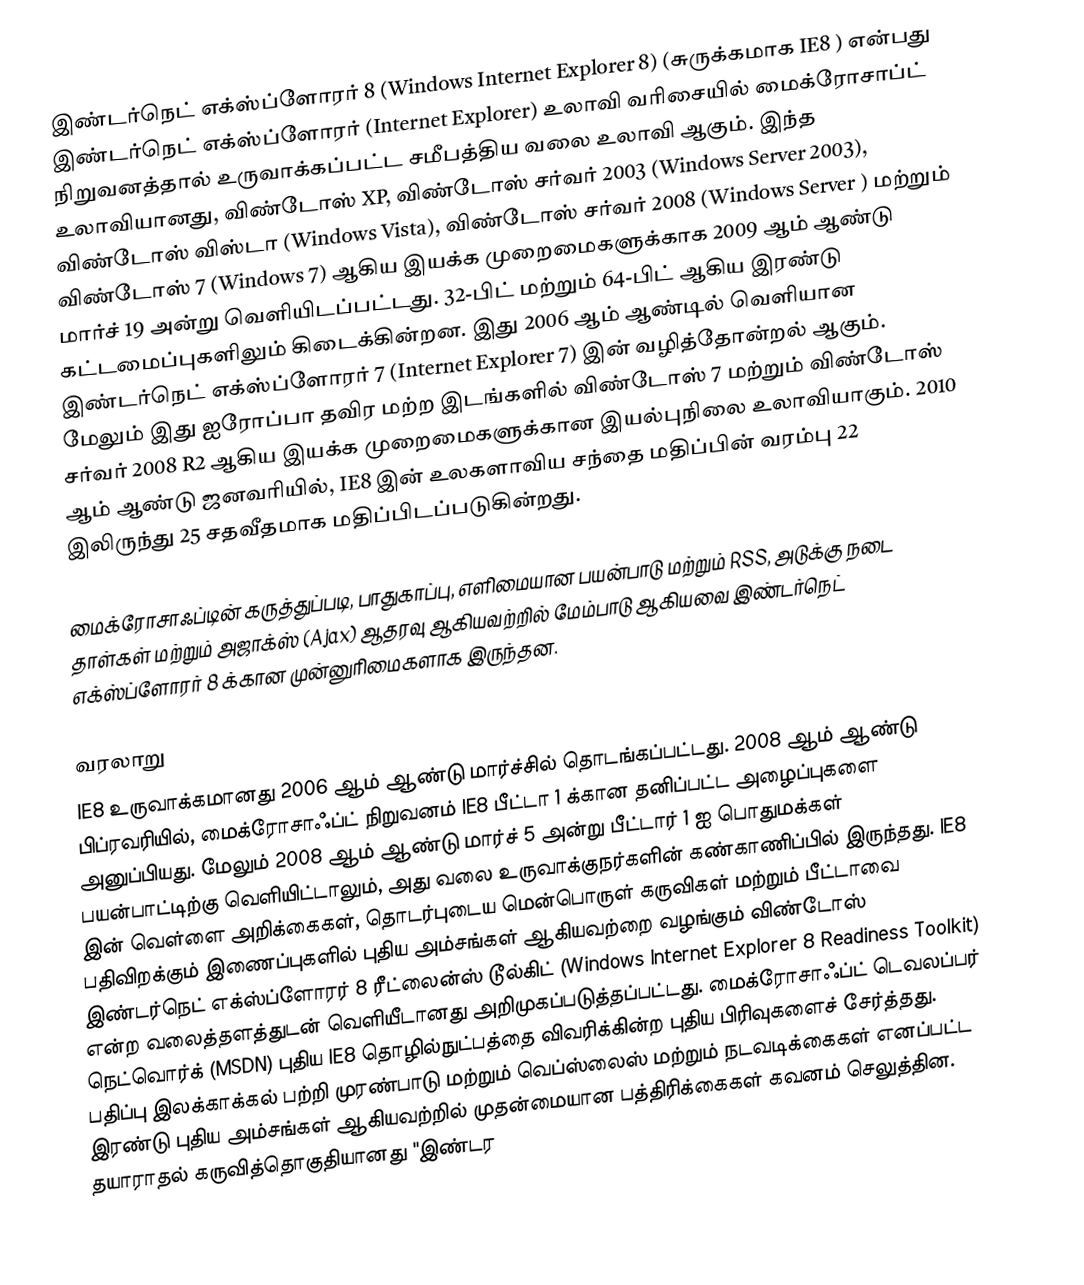
இண்டர்நெட் எக்ஸ்ப்ளோரர் 8 (Windows Internet Explorer 8) (சுருக்கமாக IE8 ) என்பது இண்டர்நெட் எக்ஸ்ப்ளோரர் (Internet Explorer) உலாவி வரிசையில் மைக்ரோசாப்ட் நிறுவனத்தால் உருவாக்கப்பட்ட சமீபத்திய வலை உலாவி ஆகும். இந்த உலாவியானது, விண்டோஸ் XP, விண்டோஸ் சர்வர் 2003 (Windows Server 2003), விண்டோஸ் விஸ்டா (Windows Vista), விண்டோஸ் சர்வர் 2008 (Windows Server ) மற்றும் விண்டோஸ் 7 (Windows 7) ஆகிய இயக்க முறைமைகளுக்காக 2009 ஆம் ஆண்டு மார்ச் 19 அன்று வெளியிடப்பட்டது. 32-பிட் மற்றும் 64-பிட் ஆகிய இரண்டு கட்டமைப்புகளிலும் கிடைக்கின்றன. இது 2006 ஆம் ஆண்டில் வெளியான இண்டர்நெட் எக்ஸ்ப்ளோரர் 7 (Internet Explorer 7) இன் வழித்தோன்றல் ஆகும். மேலும் இது ஐரோப்பா தவிர மற்ற இடங்களில் விண்டோஸ் 7 மற்றும் விண்டோஸ் சர்வர் 2008 R2 ஆகிய இயக்க முறைமைகளுக்கான இயல்புநிலை உலாவியாகும். 2010 ஆம் ஆண்டு ஜனவரியில், IE8 இன் உலகளாவிய சந்தை மதிப்பின் வரம்பு 22 இலிருந்து 25 சதவீதமாக மதிப்பிடப்படுகின்றது.

மைக்ரோசாஃப்டின் கருத்துப்படி, பாதுகாப்பு, எளிமையான பயன்பாடு மற்றும் RSS, அடுக்கு நடை தாள்கள் மற்றும் அஜாக்ஸ் (Ajax) ஆதரவு ஆகியவற்றில் மேம்பாடு ஆகியவை இண்டர்நெட் எக்ஸ்ப்ளோரர் 8 க்கான முன்னுரிமைகளாக இருந்தன.

வரலாறு
IE8 உருவாக்கமானது 2006 ஆம் ஆண்டு மார்ச்சில் தொடங்கப்பட்டது. 2008 ஆம் ஆண்டு பிப்ரவரியில், மைக்ரோசாஃப்ட் நிறுவனம் IE8 பீட்டா 1 க்கான தனிப்பட்ட அழைப்புகளை அனுப்பியது. மேலும் 2008 ஆம் ஆண்டு மார்ச் 5 அன்று பீட்டார் 1 ஐ பொதுமக்கள் பயன்பாட்டிற்கு வெளியிட்டாலும், அது வலை உருவாக்குநர்களின் கண்காணிப்பில் இருந்தது. IE8 இன் வெள்ளை அறிக்கைகள், தொடர்புடைய மென்பொருள் கருவிகள் மற்றும் பீட்டாவை பதிவிறக்கும் இணைப்புகளில் புதிய அம்சங்கள் ஆகியவற்றை வழங்கும் விண்டோஸ் இண்டர்நெட் எக்ஸ்ப்ளோரர் 8 ரீட்லைன்ஸ் டூல்கிட்  (Windows Internet Explorer 8 Readiness Toolkit) என்ற வலைத்தளத்துடன் வெளியீடானது அறிமுகப்படுத்தப்பட்டது. மைக்ரோசாஃப்ட் டெவலப்பர் நெட்வொர்க் (MSDN) புதிய IE8 தொழில்நுட்பத்தை விவரிக்கின்ற புதிய பிரிவுகளைச் சேர்த்தது. பதிப்பு இலக்காக்கல் பற்றி முரண்பாடு மற்றும் வெப்ஸ்லைஸ்  மற்றும் நடவடிக்கைகள்  எனப்பட்ட இரண்டு புதிய அம்சங்கள் ஆகியவற்றில் முதன்மையான பத்திரிக்கைகள் கவனம் செலுத்தின. தயாராதல் கருவித்தொகுதியானது "இண்டர